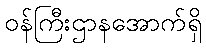
ဝန်ကြီးဌာနအောက်ရှိ